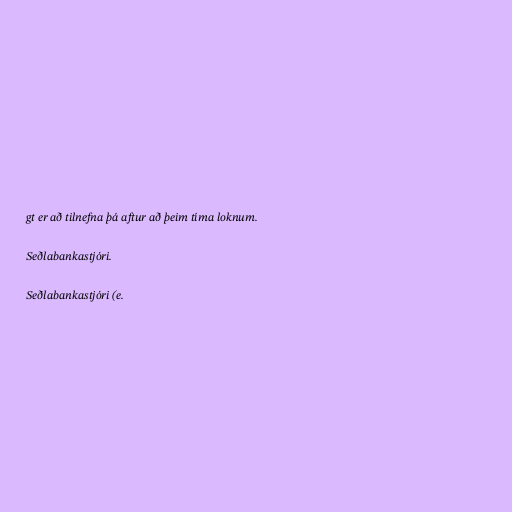
gt er að tilnefna þá aftur að þeim tíma loknum.

Seðlabankastjóri.

Seðlabankastjóri (e.